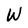
Character: W